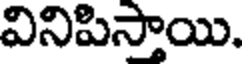
వినిపిస్తాయి.